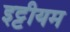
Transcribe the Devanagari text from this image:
इट्टीयम